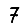
Digit: 7